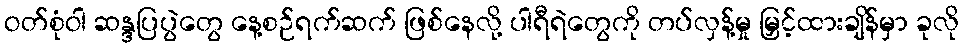
ဝတ်စုံဝါ ဆန္ဒပြပွဲတွေ နေ့စဉ်ရက်ဆက် ဖြစ်နေလို့ ပါရီရဲတွေကို တပ်လှန့်မှု မြှင့်ထားချိန်မှာ ခုလို